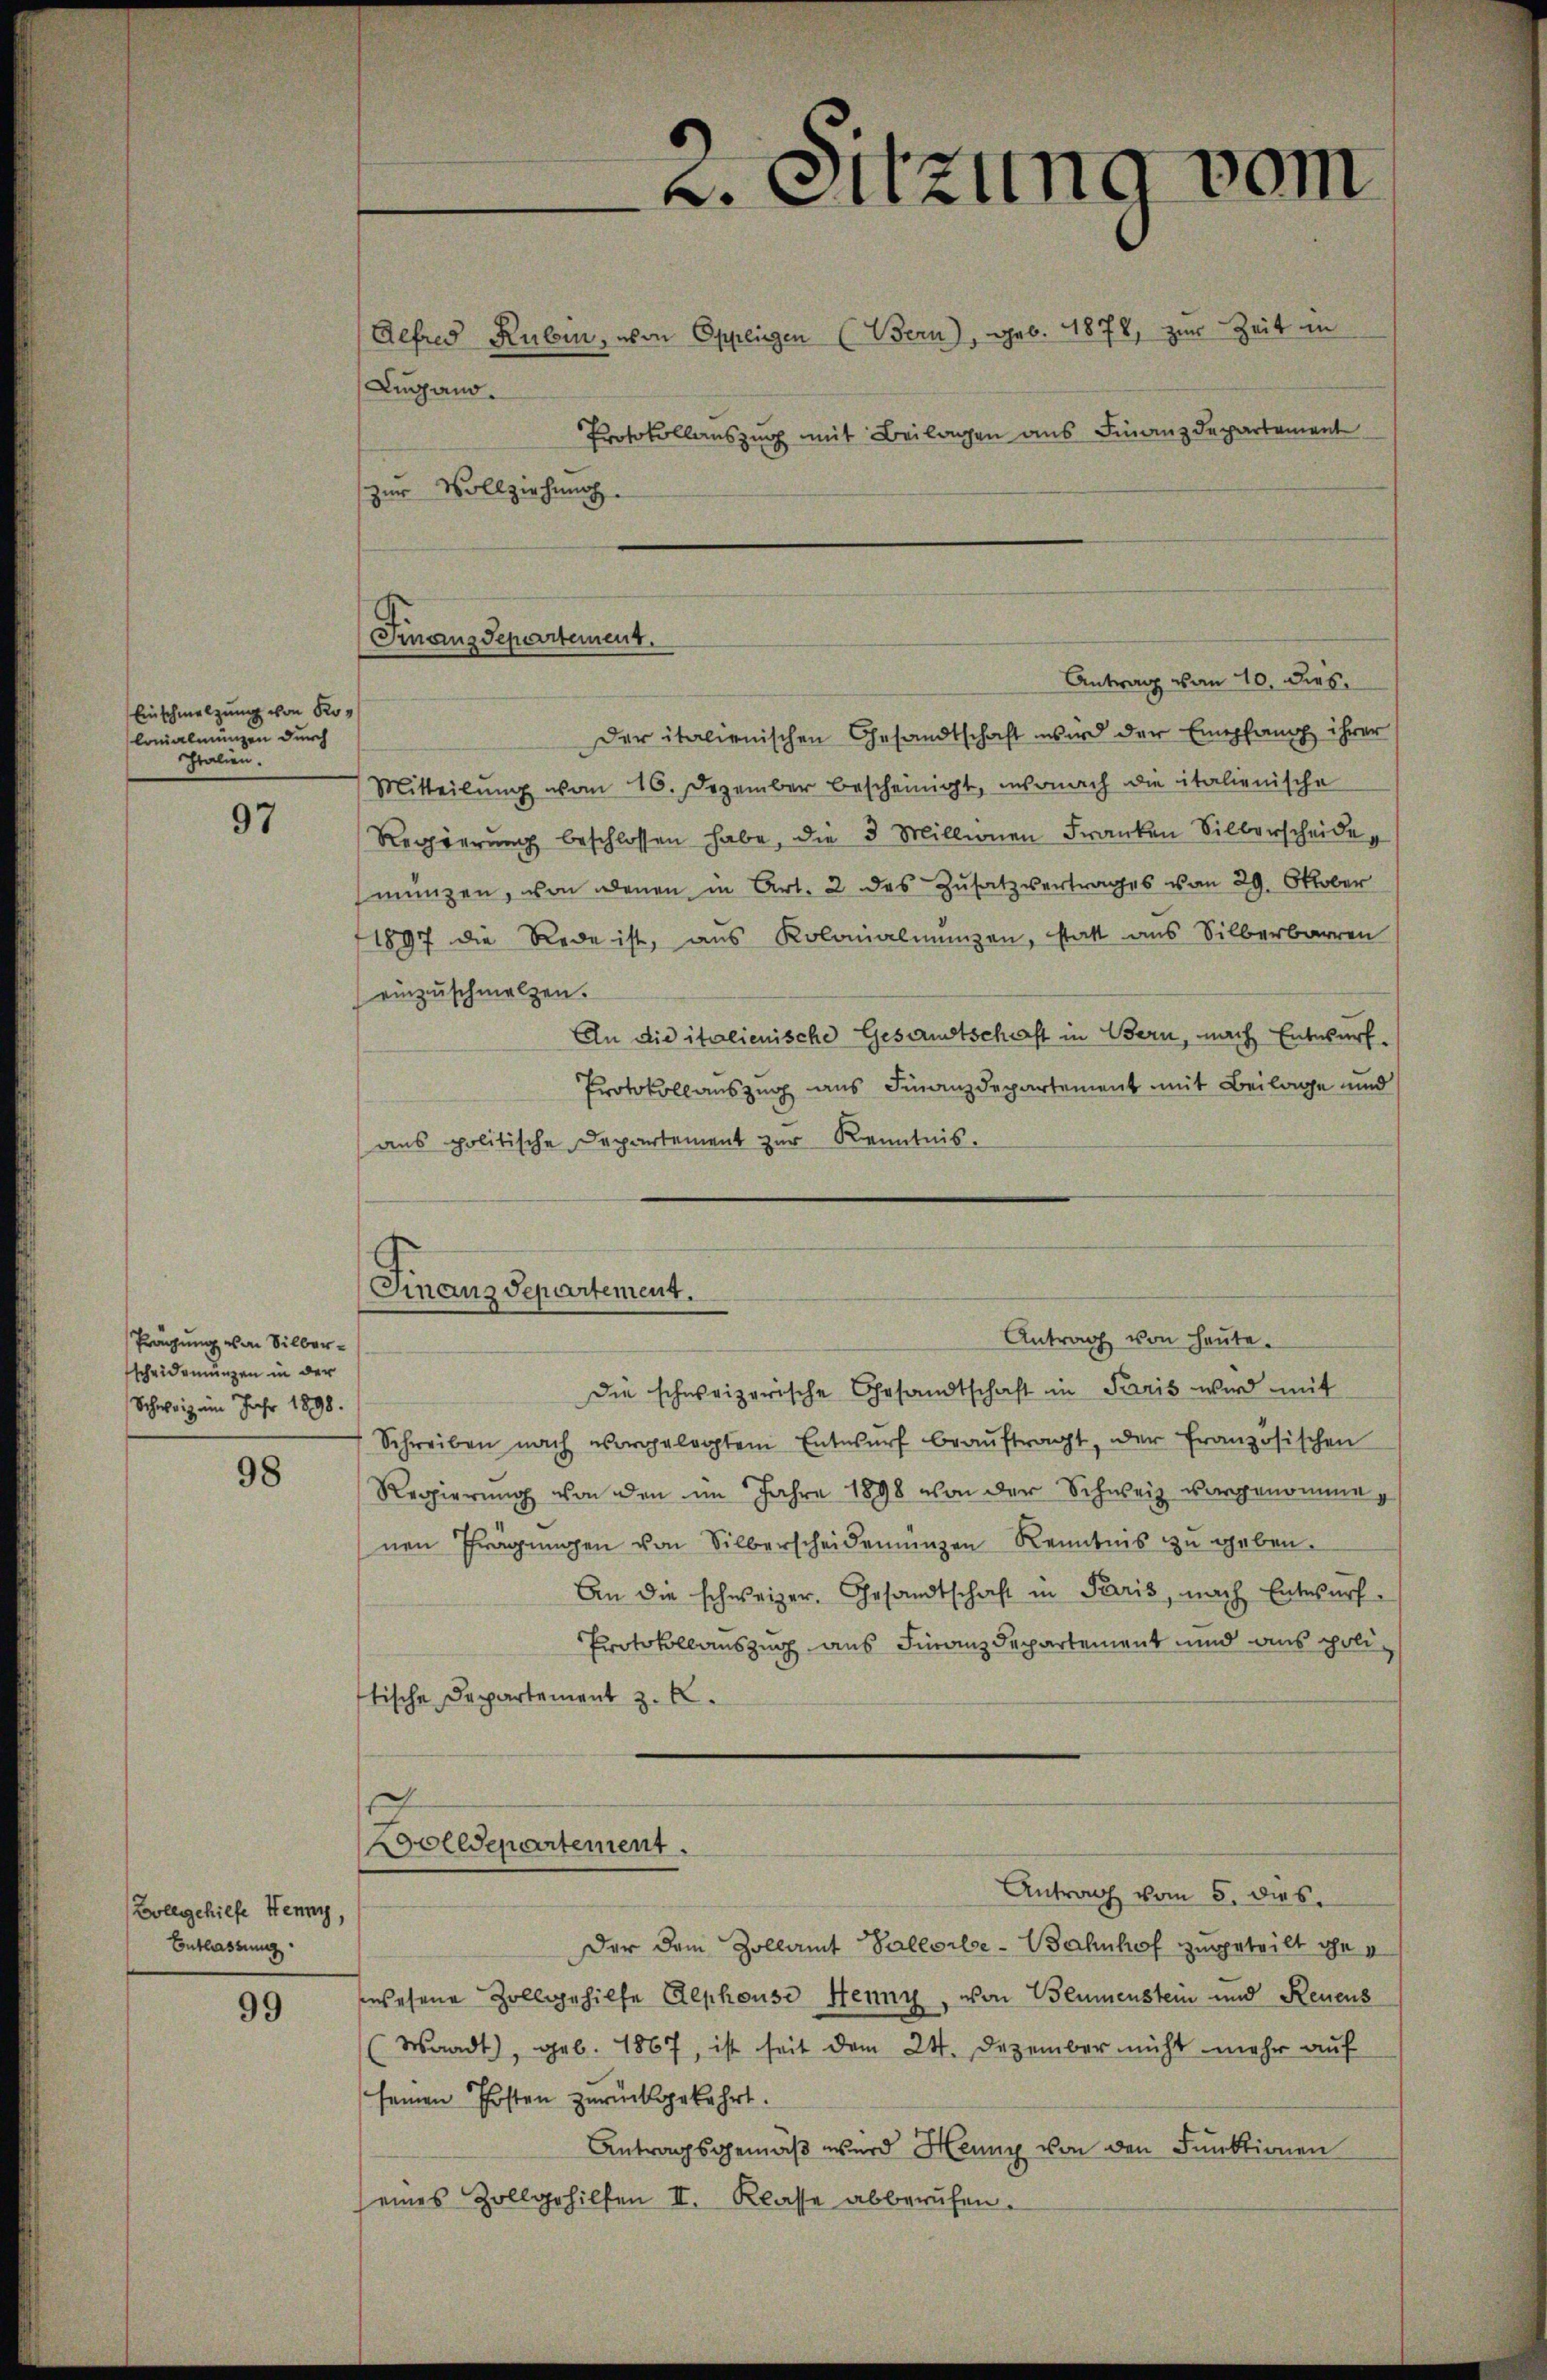
Einschmelzung von Kolonialmungen durch
schtalien.

97

Prägung von Silber
scheidemünzen in der
Schweiz im Jahr 1898.

98

Vollgehilfe Henny,
Entlassung.

99

Lugano.
zur Vollziehung.

Antrag von 10. dies
Der italienischen Gesandtschaft wird der Empfang ihrer
Mitteilŭng vom 16. Dezember bescheinigt, insonach die italienische
Regierŭng beschlossen habe, die 3 Millionen Franken Silberscheide
münzen, von denen in Art. 2 des Zusatzvertrages von 29. Oktober
1897 die Rede ist, aus Kolonialmunzen, statt aus Silberbarren
einzuschmalzen.
An die italienische Gesandtschaft in Bern, nach Entwurf.
Protokollauszug aus Finanzdepartement mit Beilage und
ans politische Departement zur Kenntnis.
die schweizerische Gesandtschaft in Paris wird mit
Schreiben nach vorgelegtem Entwŭrf beaŭftragt, der französischen
Regierung von den im Jahre 1898 von der Schweiz vorgenommenen Trägŭngen von Silberscheidemünzen Kenntnis zu geben.
An die schweizer. Gesandtschaft in Paris, nach Entwurf
Protokollauszug aus Finanzdepartement und aus politische Departement z. B.
Wolldepartement.
Antrag vom 5. dies
Der dem Zollamt Pallorbe-Bahnhof zugeteilt geg
wesene Zollggehilfe Alphouso Henny, von Blumenstein und Renens
Waadt, geb. 1867, ist seit dem 24. Dezember nicht mehr auf
seinen Posten zurückgekehrt.
Antragsgemäß wird Heung von den Funktionen
eines Zollgehilfen II. Klasse abberufen.

Finanzdepartement.

(Finanzdepartement.

s. Sitzung vom
Aefred Rubin, von Oppligen (Bern), geb. 1878, zur Zeit in
Protokollauszug mit Beilagen aus Finanzdepartement

Antrag von Heute.